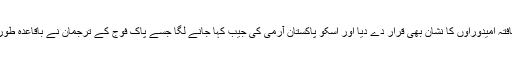
کچھ سیاسی تجزیہ کاروں نے تو جیب کے نشان کو اسٹیبلشمنٹ کے مبینہ طور پر حمایت یافتہ امیدوراوں کا نشان بھی قرار دے دیا اور اسکو پاکستان آرمی کی جیب کہا جانے لگا جسے پاک فوج کے ترجمان نے باقاعدہ طور پر پریس کانفرنس میں تردید کی تھی اور یہ کہا پاک آرمی کی جیب کا رنگ یہ نہیں ہے۔